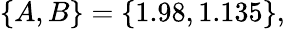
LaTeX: \{ A,B\} =\{ 1.98,1.135\} ,